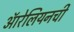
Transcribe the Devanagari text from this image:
ऑरेलियनची